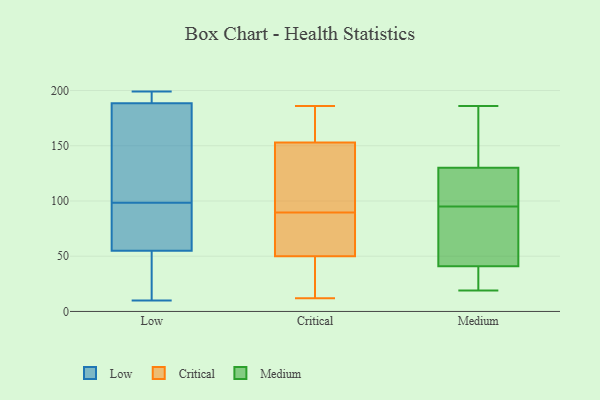
{"axis": {"x": "Gross Profit (USD K)", "y": "Value"}, "legend": ["Critical", "Low", "Medium"], "data": [{"x": "", "y": 131, "type": "Low"}, {"x": "", "y": 182, "type": "Low"}, {"x": "", "y": 196, "type": "Low"}, {"x": "", "y": 199, "type": "Low"}, {"x": "", "y": 60, "type": "Low"}, {"x": "", "y": 78, "type": "Low"}, {"x": "", "y": 28, "type": "Low"}, {"x": "", "y": 50, "type": "Low"}, {"x": "", "y": 10, "type": "Low"}, {"x": "", "y": 195, "type": "Low"}, {"x": "", "y": 112, "type": "Low"}, {"x": "", "y": 85, "type": "Low"}, {"x": "", "y": 164, "type": "Critical"}, {"x": "", "y": 64, "type": "Critical"}, {"x": "", "y": 74, "type": "Critical"}, {"x": "", "y": 143, "type": "Critical"}, {"x": "", "y": 21, "type": "Critical"}, {"x": "", "y": 157, "type": "Critical"}, {"x": "", "y": 50, "type": "Critical"}, {"x": "", "y": 12, "type": "Critical"}, {"x": "", "y": 19, "type": "Critical"}, {"x": "", "y": 180, "type": "Critical"}, {"x": "", "y": 83, "type": "Critical"}, {"x": "", "y": 77, "type": "Critical"}, {"x": "", "y": 114, "type": "Critical"}, {"x": "", "y": 186, "type": "Critical"}, {"x": "", "y": 146, "type": "Critical"}, {"x": "", "y": 153, "type": "Critical"}, {"x": "", "y": 17, "type": "Critical"}, {"x": "", "y": 96, "type": "Critical"}, {"x": "", "y": 139, "type": "Medium"}, {"x": "", "y": 95, "type": "Medium"}, {"x": "", "y": 73, "type": "Medium"}, {"x": "", "y": 38, "type": "Medium"}, {"x": "", "y": 19, "type": "Medium"}, {"x": "", "y": 24, "type": "Medium"}, {"x": "", "y": 121, "type": "Medium"}, {"x": "", "y": 120, "type": "Medium"}, {"x": "", "y": 185, "type": "Medium"}, {"x": "", "y": 95, "type": "Medium"}, {"x": "", "y": 140, "type": "Medium"}, {"x": "", "y": 63, "type": "Medium"}, {"x": "", "y": 44, "type": "Medium"}, {"x": "", "y": 38, "type": "Medium"}, {"x": "", "y": 118, "type": "Medium"}, {"x": "", "y": 186, "type": "Medium"}]}